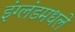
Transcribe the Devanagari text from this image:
इंग्लंडमधले